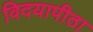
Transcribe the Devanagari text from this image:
विदयापीठा